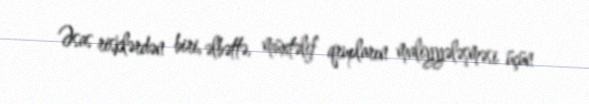
Əsas risklərdən biri, əlbəttə, müxtəlif qrupların maliyyələşməsi üçün